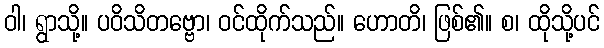
ဝါ၊ ရွာသို့။ ပဝိသိတဗ္ဗော၊ ဝင်ထိုက်သည်။ ဟောတိ၊ ဖြစ်၏။ စ၊ ထိုသို့ပင်